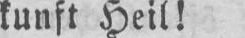
kunft Heil!